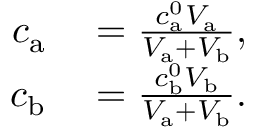
\begin{array} { r l } { c _ { \mathrm { a } } } & { { } = \frac { c _ { \mathrm { a } } ^ { 0 } V _ { \mathrm { a } } } { V _ { \mathrm { a } } + V _ { \mathrm { b } } } , } \\ { c _ { \mathrm { b } } } & { { } = \frac { c _ { \mathrm { b } } ^ { 0 } V _ { \mathrm { b } } } { V _ { \mathrm { a } } + V _ { \mathrm { b } } } . } \end{array}